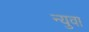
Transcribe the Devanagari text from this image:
न्युवा